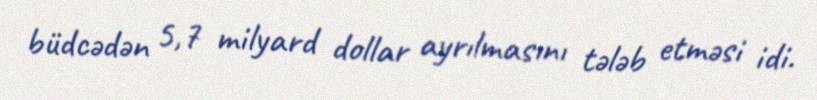
büdcədən 5,7 milyard dollar ayrılmasını tələb etməsi idi.